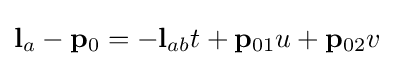
\mathbf {l} _{a}-\mathbf {p} _{0}=-\mathbf {l} _{ab}t+\mathbf {p} _{01}u+\mathbf {p} _{02}v